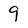
Character: 9